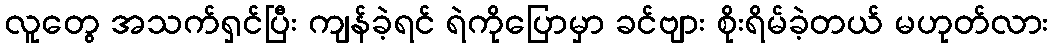
လူတွေ အသက်ရှင်ပြီး ကျန်ခဲ့ရင် ရဲကိုပြောမှာ ခင်ဗျား စိုးရိမ်ခဲ့တယ် မဟုတ်လား